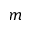
m